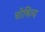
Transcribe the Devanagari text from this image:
घोषित्य